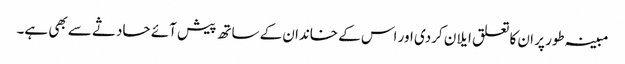
مبینہ طور پر ان کا تعلق ایلان کردی اور اس کے خاندان کے ساتھ پیش آئے حادثے سے بھی ہے۔